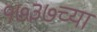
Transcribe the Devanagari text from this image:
१७३७च्या